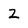
Character: 2